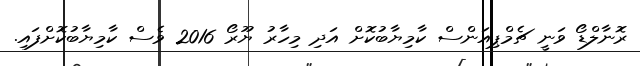
ރޮނާލްޑޯ ވަނީ ޗެމްޕިއަންސް ކާމިޔާބުކޮށް އަދި މިހާރު ޔޫރޯ 2016 ވެސް ކާމިޔާބުކޮށްފައި.